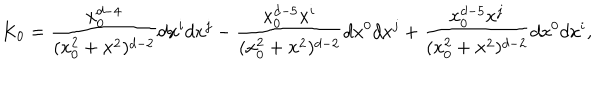
K _ { 0 } = { \frac { x _ { 0 } ^ { d - 4 } } { ( x _ { 0 } ^ { 2 } + { \bf x } ^ { 2 } ) ^ { d - 2 } } } d x ^ { i } d x ^ { j } - { \frac { x _ { 0 } ^ { d - 5 } x ^ { i } } { ( x _ { 0 } ^ { 2 } + { \bf x } ^ { 2 } ) ^ { d - 2 } } } d x ^ { 0 } d x ^ { j } + { \frac { x _ { 0 } ^ { d - 5 } x ^ { j } } { ( x _ { 0 } ^ { 2 } + { \bf x } ^ { 2 } ) ^ { d - 2 } } } d x ^ { 0 } d x ^ { i } ,